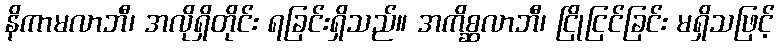
နိကာမလာဘီ၊ အလိုရှိတိုင်း ရခြင်းရှိသည်။ အကိစ္ဆလာဘီ၊ ငြိုငြင်ခြင်း မရှိသဖြင့်